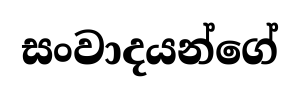
සංවාදයන්ගේ